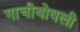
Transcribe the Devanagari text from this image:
गाचीबोवली